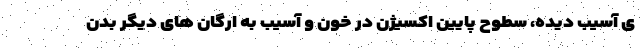
ی آسیب دیده، سطوح پایین اکسیژن در خون و آسیب به ارگان های دیگر بدن